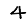
Digit: 4